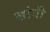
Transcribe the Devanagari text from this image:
सांगी